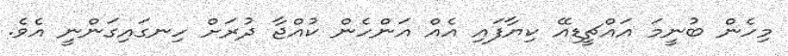
މިހެން ބުނީމަ އައްޗީޑިއޭ ކިޔާފައި އެއް އަންހެން ކުއްޖާ ދުރަށް ހިނގައިގަންނީ އެވެ.